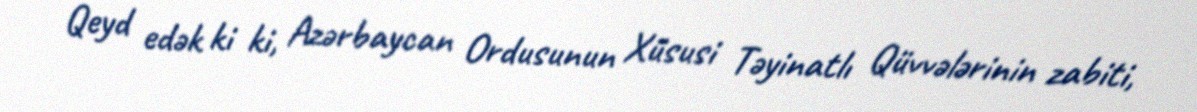
Qeyd edək ki ki, Azərbaycan Ordusunun Xüsusi Təyinatlı Qüvvələrinin zabiti,